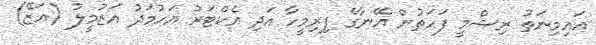
އައިމިނަތު ރިޝްމީ ފަހަތުން އޭނާގެ ފިރިމީހާ އަދި އެކްޓަރު އަހުމަދު އަޒުމީލު (އަޒޭ)